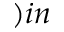
) i n